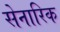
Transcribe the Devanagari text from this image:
सेनारिक